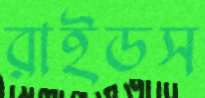
রাইডস